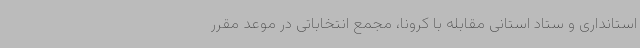
استانداری و ستاد استانی مقابله با کرونا، مجمع انتخاباتی در موعد مقرر